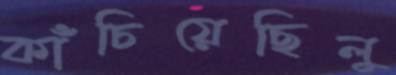
কাঁচিয়েছিলু